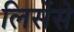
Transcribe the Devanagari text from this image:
लिसेंसे